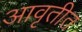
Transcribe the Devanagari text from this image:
आवृतीत